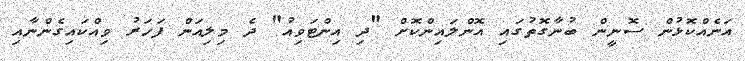
އަނެއްކޮޅުން ސޮނީން ބުނާގޮތުގައި އޮންލައިންކޮށް "ދި އިންޓަވިއު" ދެ މިލިއަން ފަހަރު ވިއްކައިގެންނާއި